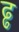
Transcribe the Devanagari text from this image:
ढ्ढ